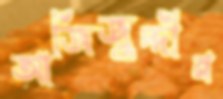
আজিজুদ্দীন